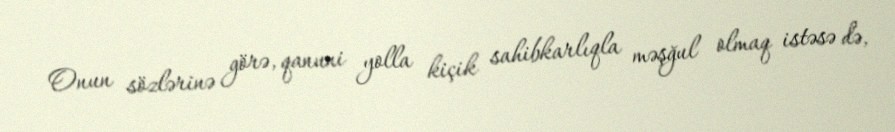
Onun sözlərinə görə, qanuni yolla kiçik sahibkarlıqla məşğul olmaq istəsə də,